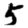
Digit: 5